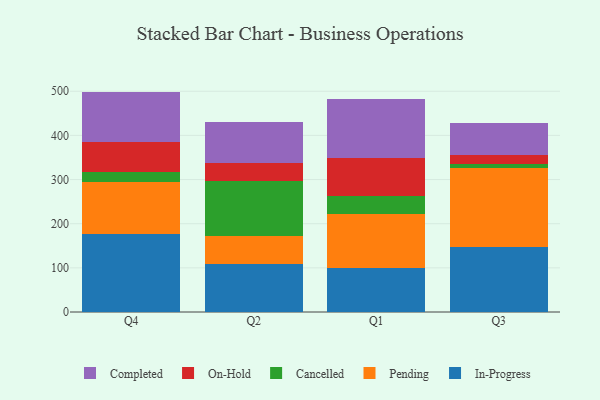
{"axis": {"x": "Quarter", "y": "Website Visitors"}, "legend": ["Cancelled", "Completed", "In-Progress", "On-Hold", "Pending"], "data": [{"x": "Q4", "y": 176.0, "type": "In-Progress"}, {"x": "Q4", "y": 117.4, "type": "Pending"}, {"x": "Q4", "y": 23.2, "type": "Cancelled"}, {"x": "Q4", "y": 67.8, "type": "On-Hold"}, {"x": "Q4", "y": 114.8, "type": "Completed"}, {"x": "Q2", "y": 108.0, "type": "In-Progress"}, {"x": "Q2", "y": 63.3, "type": "Pending"}, {"x": "Q2", "y": 125.6, "type": "Cancelled"}, {"x": "Q2", "y": 41.0, "type": "On-Hold"}, {"x": "Q2", "y": 92.2, "type": "Completed"}, {"x": "Q1", "y": 99.1, "type": "In-Progress"}, {"x": "Q1", "y": 124.0, "type": "Pending"}, {"x": "Q1", "y": 39.4, "type": "Cancelled"}, {"x": "Q1", "y": 87.2, "type": "On-Hold"}, {"x": "Q1", "y": 133.4, "type": "Completed"}, {"x": "Q3", "y": 146.6, "type": "In-Progress"}, {"x": "Q3", "y": 179.4, "type": "Pending"}, {"x": "Q3", "y": 10.1, "type": "Cancelled"}, {"x": "Q3", "y": 19.8, "type": "On-Hold"}, {"x": "Q3", "y": 73.3, "type": "Completed"}]}